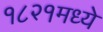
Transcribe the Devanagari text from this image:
१८२१मध्ये